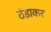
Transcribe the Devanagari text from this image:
ठंडाकर